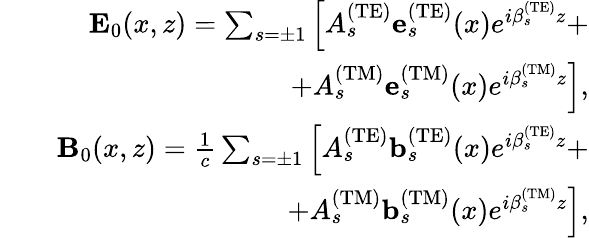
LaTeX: \begin{array}{rlr}&{}&{{\mathbf E}_{0}(x,z)=\sum_{s=\pm 1}\left[A_{s}^{\mathrm{(TE)}}{\mathbf e}_{s}^{\mathrm{(TE)}}(x)e^{i\beta_{s}^{\mathrm{(TE)}}z}+\right.}\\ &{}&{\left.+A_{s}^{\mathrm{(TM)}}{\mathbf e}_{s}^{\mathrm{(TM)}}(x)e^{i\beta_{s}^{\mathrm{(TM)}}z}\right],}\\ &{}&{{\mathbf B}_{0}(x,z)=\frac{1}{c}\sum_{s=\pm 1}\left[A_{s}^{\mathrm{(TE)}}{\mathbf b}_{s}^{\mathrm{(TE)}}(x)e^{i\beta_{s}^{\mathrm{(TE)}}z}+\right.}\\ &{}&{\left.+A_{s}^{\mathrm{(TM)}}{\mathbf b}_{s}^{\mathrm{(TM)}}(x)e^{i\beta_{s}^{\mathrm{(TM)}}z}\right],}\end{array}